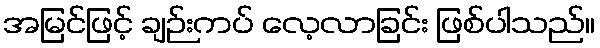
အမြင်ဖြင့် ချဉ်းကပ် လေ့လာခြင်း ဖြစ်ပါသည်။